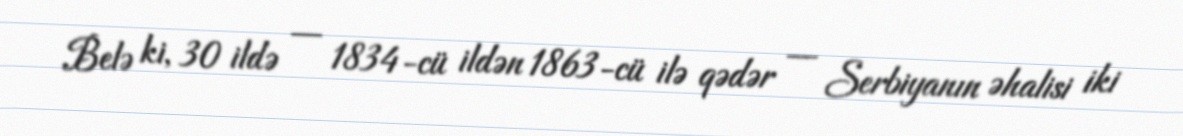
Belə ki, 30 ildə — 1834-cü ildən 1863-cü ilə qədər — Serbiyanın əhalisi iki